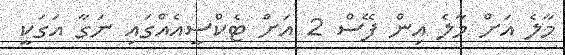
މާލެ އަށް މާލެ އިން ފޭސް 2 އަށް ޓެކްސީއެއްގައި ނަގާ އަގަކީ